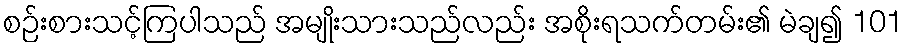
စဉ်းစားသင့်ကြပါသည် အမျိုးသားသည်လည်း အစိုးရသက်တမ်း၏ မဲချ၍ 101